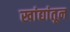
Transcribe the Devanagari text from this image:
खांद्यांतून